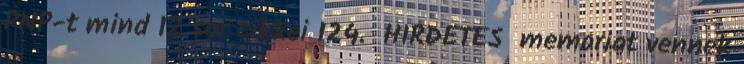
PNP-t mind 12 sor cikkei 124. HIRDETES memoriat vennek